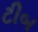
ટીબ